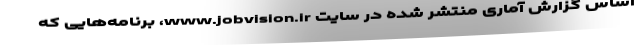
اساس گزارش آماری منتشر شده در سایت www.jobvision.ir، برنامه‌هایی که